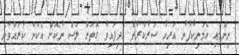
ނިންމައި އެމަނިކުފާނު އަރިހު ސަރުކާރުން އެދިފައިވާ ގޮތަށް ލަސް ނުކޮށް އެކަން ކުރައްވާނެ